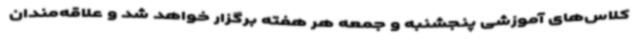
کلاس‌های آموزشی پنجشنبه و جمعه هر هفته برگزار خواهد شد و علاقه‌مندان